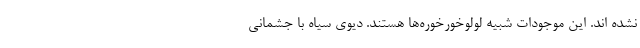
نشده اند. این موجودات شبیه لولوخورخوره‌ها هستند. دیوی سیاه با جشمانی